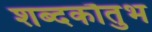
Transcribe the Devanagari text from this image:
शब्दकौतुभ